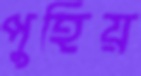
পুহিয়